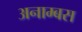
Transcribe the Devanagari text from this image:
अनाम्बस